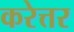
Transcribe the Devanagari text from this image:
करेत्तर